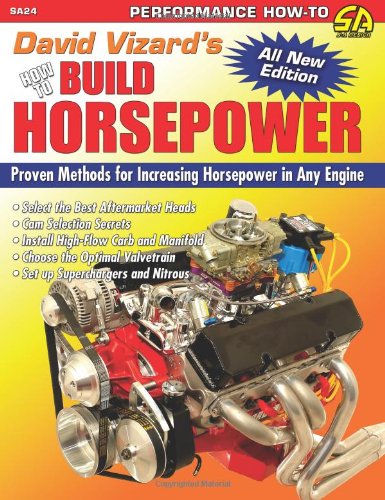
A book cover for David Vizard's How to Build Horsepower (S-A Design); David Vizard; Engineering & Transportation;